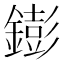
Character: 𨭌